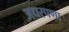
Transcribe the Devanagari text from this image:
अधरपणा